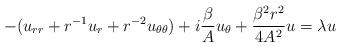
LaTeX: \begin{align*}- (u_{rr}+r^{-1}u_r+r^{-2}u_{\theta \theta}) + i \frac{\beta}{A} u_\theta + \frac{\beta^2r^2}{4 A^2} u=\lambda u\end{align*}